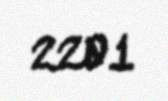
2201